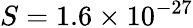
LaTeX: S=1.6\times 10^{-27}